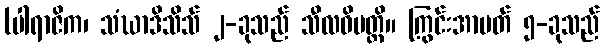
(ပါရာဇိက၊ သံဃာဒိသိသ် ၂-ခုသည် သီလဝိပတ္တိ။ ကြွင်းအာပတ် ၅-ခုသည်